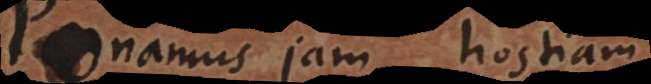
Ponamus jam hostiam